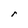
Character: r